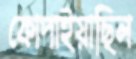
কোপাইয়াছিল